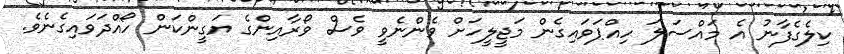
ކިލެގެފާނު އެ މައްސަލަ ހިއްޕަވައިގެން މަޖީލީހަށް ވެންނެވީ ވެސް ވޯރާއިންގެ ޔަގީންކަން ހޯއްދަވައިގެނެވެ.